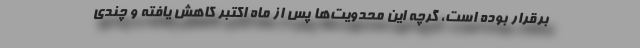
برقرار بوده است، گرچه این محدویت‌ها پس از ماه اکتبر کاهش یافته و چندی